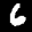
Label: 6